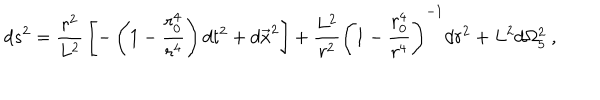
d s ^ { 2 } = { \frac { r ^ { 2 } } { L ^ { 2 } } } \left[ - \left( 1 - { \frac { r _ { 0 } ^ { 4 } } { r ^ { 4 } } } \right) d t ^ { 2 } + d \vec { x } ^ { 2 } \right] + { \frac { L ^ { 2 } } { r ^ { 2 } } } \left( 1 - { \frac { r _ { 0 } ^ { 4 } } { r ^ { 4 } } } \right) ^ { - 1 } d r ^ { 2 } + L ^ { 2 } d \Omega _ { 5 } ^ { 2 } \ ,